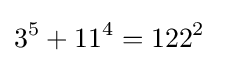
3^{5}+11^{4}=122^{2}\;